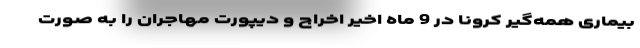
بیماری همه‌گیر کرونا در 9 ماه اخیر اخراج و دیپورت مهاجران را به صورت